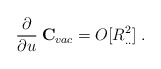
\begin{align*}\frac{\partial}{\partial u}\: {\bf C}_{vac} = O[R^2_{..}]\; .\end{align*}